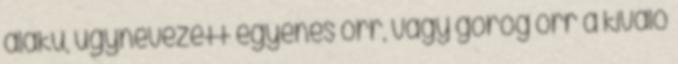
alakú, úgynevezett egyenes orr, vagy görög orr a kiváló